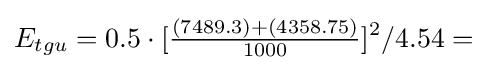
E_{tgu}=0.5\cdot [{\tfrac {(7489.3)+(4358.75)}{1000}}]^{2}/4.54=